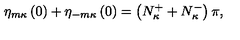
\eta _ { m \kappa } \left( 0 \right) + \eta _ { - m \kappa } \left( 0 \right) = \left( N _ { \kappa } ^ { + } + N _ { \kappa } ^ { - } \right) \pi ,